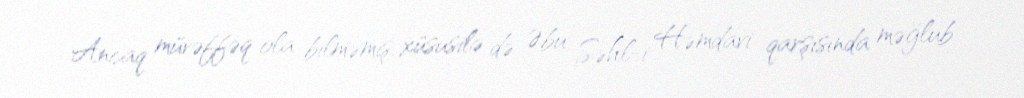
Ancaq müvəffəq ola bilməmiş, xüsusilə də Əbu Səhl-i Həmdavi qarşısında məğlub